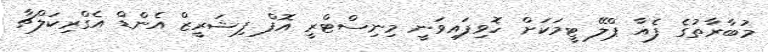
މުބާރާތުގެ ފެއާ ޕްލޭ ޓީމަކަށް ހޮވިފައިވަނީ މިނިސްޓްރީ އޮފް ފިޝަރީޒް އެންޑް އެގްރިކަލްޗާ